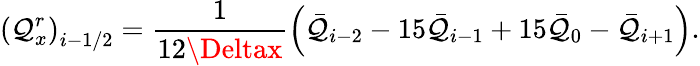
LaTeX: {{\left(\mathcal{Q}_{x}^{r}\right)}_{i-1/2}}=\frac{{1}}{{12\Deltax}}\left({{{\bar{{\mathcal{Q}}}}}_{i-2}}-15{{{\bar{{\mathcal{Q}}}}}_{i-1}}+15{{{\bar{{\mathcal{Q}}}}}_{0}}-{{{\bar{{\mathcal{Q}}}}}_{i+1}}\right).